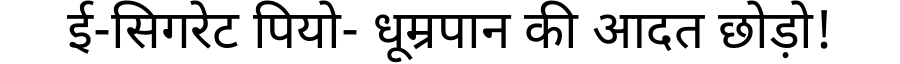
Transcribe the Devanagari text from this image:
ई-सिगरेट पियो- धूम्रपान की आदत छोड़ो!